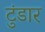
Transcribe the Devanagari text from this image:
टुंडार